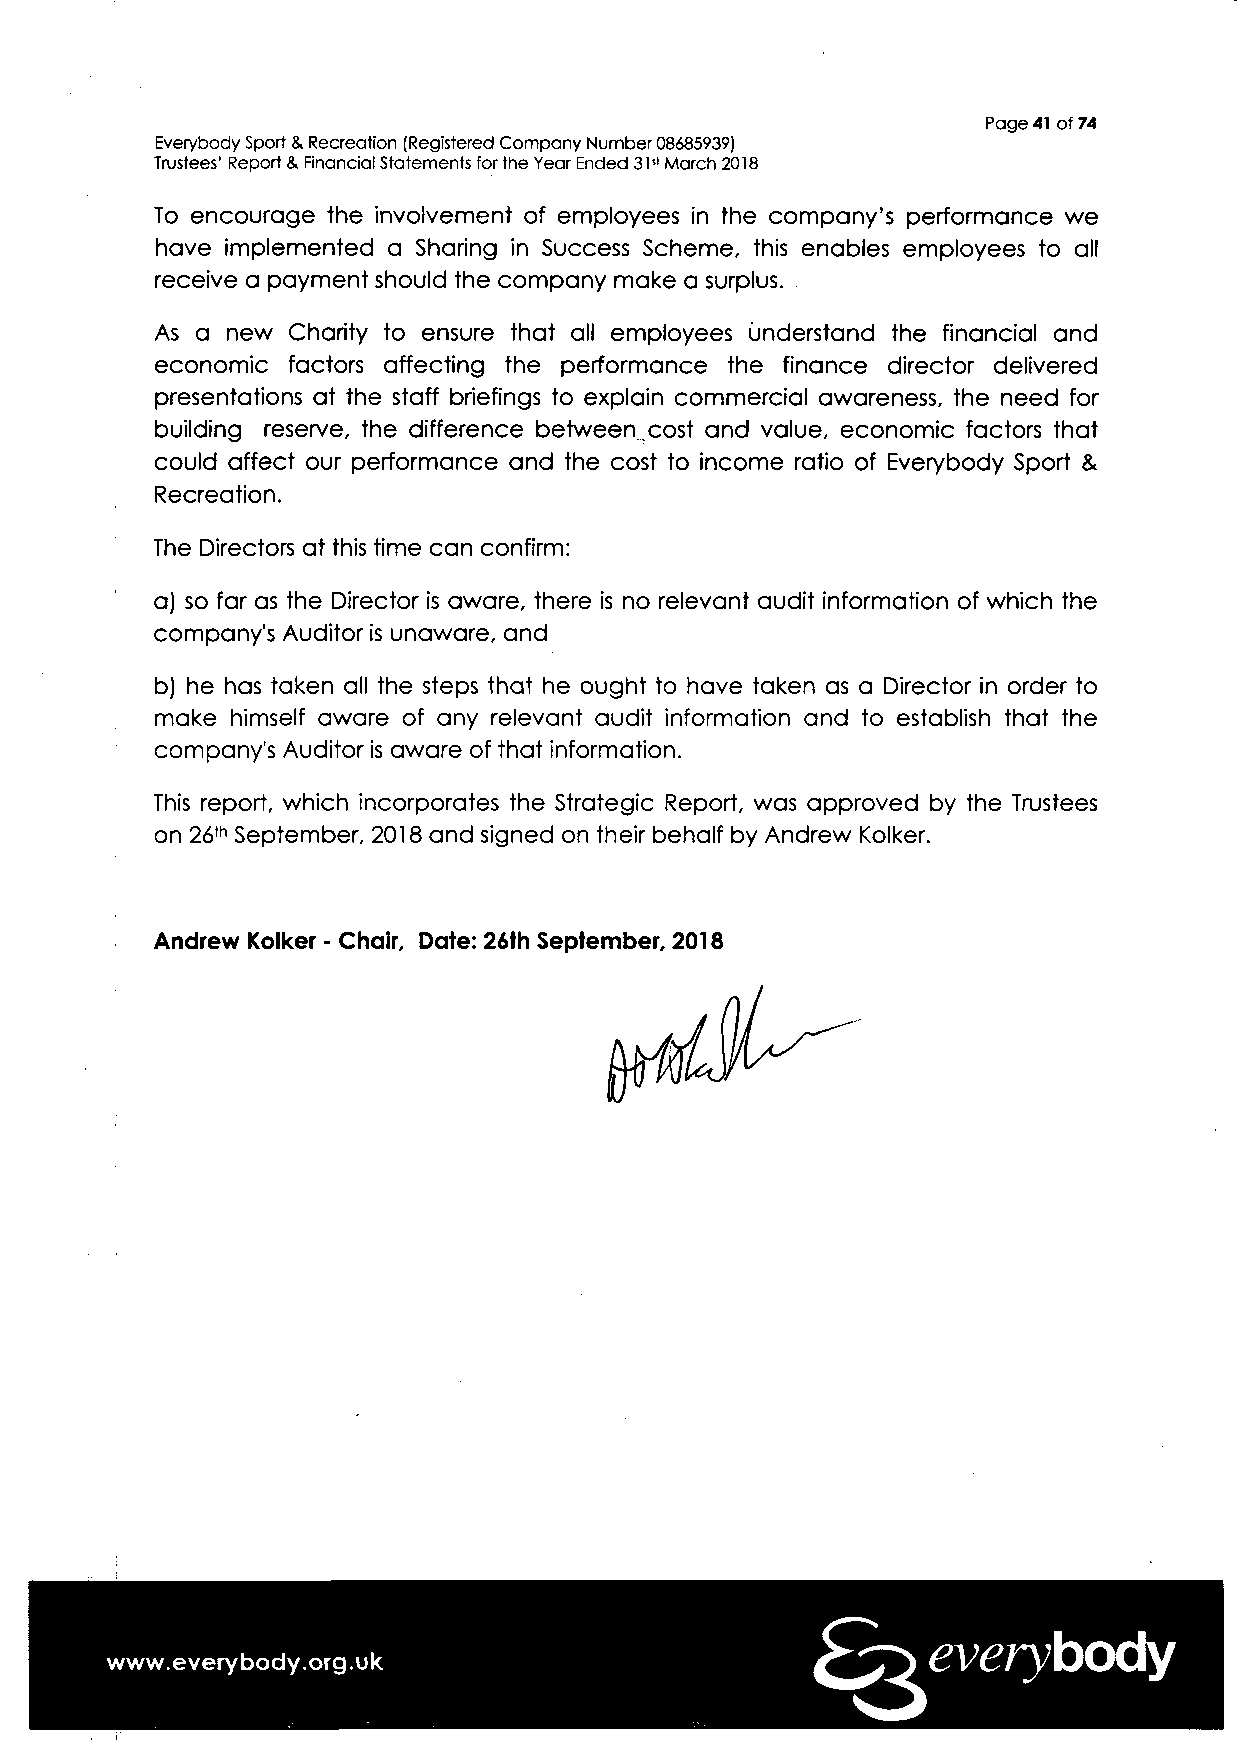
Page 41 of 74
 Everybody Sport & Recreation (Registered Company Number 08685939)
 Trustees' Report & Financial Statements for the Year Ended 31" March 2018
 To encourage the involvement of employees in the company's performance we
 have implemented a Sharing in Success Scheme, this enables employees to all
 receive a payment should the company make a surplus.
 As a new Charity to ensure that all employees understand the financial and
 economic factors affecting the performance the finance director delivered
 presentations at the staff briefings to explain commercial awareness, the need for
 building reserve, the difference between .cost and value, economic factors that
 could affect our performance and the cost to income ratio of Everybody Sport &
 Recreation.
 The Directors at this time can confirm:
 a) so far as the Director is aware, there is no relevant audit information of which the
 company's Auditor is unaware, and
 b) he has taken all the steps that he ought to have taken as a Director in order to
 make himself aware of any relevant audit information and to establish that the
 company's Auditor is aware of that information.
 This report, which incorporates the Strategic Report, was approved by the Trustees
 on 26th September, 2018 and signed on their behalf by Andrew Kolker.
 Andrew Kolker - Chair, Date: 26th September, 2018
 everybody
 www.everybody.org.uk